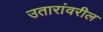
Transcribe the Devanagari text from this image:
उतारांवरील